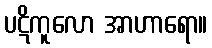
ပဋိကူလော အာဟာရော။